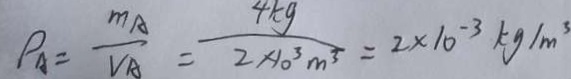
\rho _ { A } = \frac { m _ { A } } { V A } = \frac { 4 k g } { 2 \times 1 0 ^ { 3 } m ^ { 3 } } = 2 \times 1 0 ^ { - 3 } k g / m ^ { 3 }